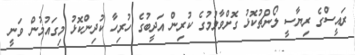
ރައީސްގެ ރިޔާސީ ލޯންޗުކޮޅު ގޮށްވާލުމުގެ ކުރިން އަދީބުގެ ހުރިހާ ކުދިންކޮޅު މިގައުމުން ވަނީ